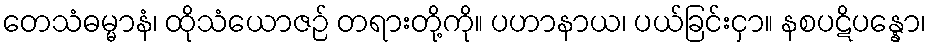
တေသံဓမ္မာနံ၊ ထိုသံယောဇဉ် တရားတို့ကို။ ပဟာနာယ၊ ပယ်ခြင်းငှာ။ နစပဋိပန္နော၊